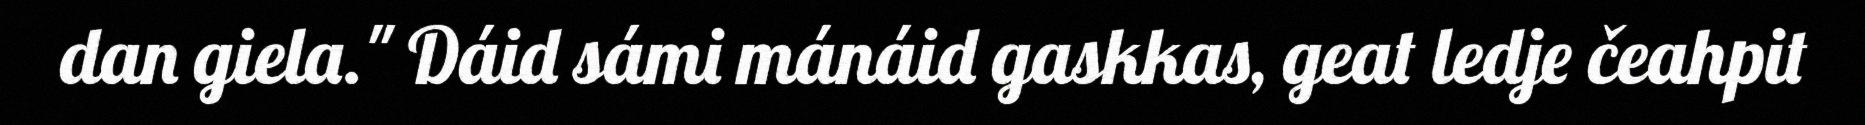
dan giela." Dáid sámi mánáid gaskkas, geat ledje čeahpit